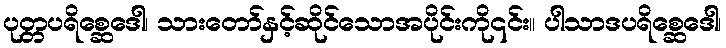
ပုတ္တပရိစ္ဆေဒေါ၊ သားတော်နှင့်ဆိုင်သောအပိုင်းကို၎င်း။ ပါသာဒပရိစ္ဆေဒေါ၊